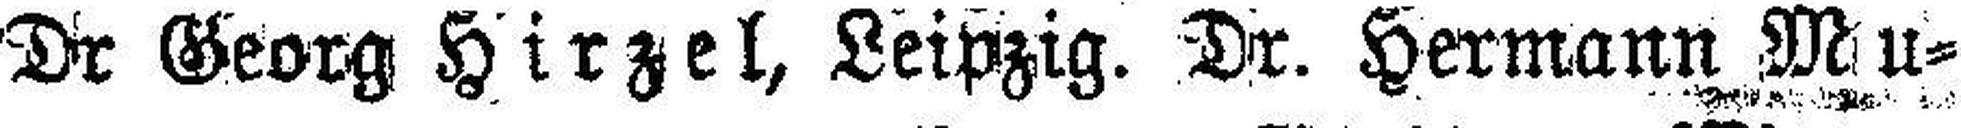
Dr Georg Hirzel, Leipzig. Dr. Hermann Mu¬